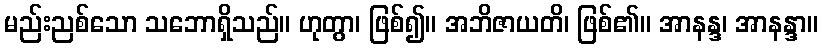
မည်းညစ်သော သဘောရှိသည်။ ဟုတွာ၊ ဖြစ်၍။ အဘိဇာယတိ၊ ဖြစ်၏။ အာနန္ဒ၊ အာနန္ဒာ။